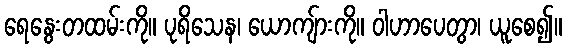
ရေနွေးတထမ်းကို။ ပုရိသေန၊ ယောကျ်ားကို။ ဝါဟာပေတွာ၊ ယူစေ၍။